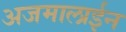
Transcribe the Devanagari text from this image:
अजमालाईन